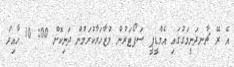
އެ ރޭ ޗާނދަނީމަގުގައި އެމްޑީޕީ ސަޕޯޓަރުން މުޒާހަރާކުރަމުން ދަނިކޮށް 00: 10 ހާއިރު